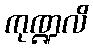
ကုဏ္ဍလိ